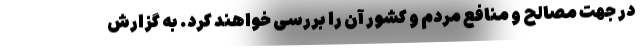
در جهت مصالح و منافع مردم و کشور آن را بررسی خواهند کرد. به گزارش